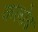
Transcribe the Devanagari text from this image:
कलोढ